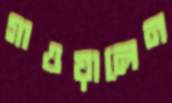
গাওয়ালেন